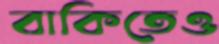
বাকিতেও